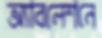
অ্যাবলেশনে